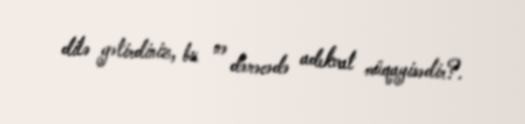
dilə gətirdiniz, bu nə dərəcədə adekvat müqayisədir?.